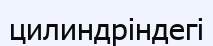
цилиндріндегі